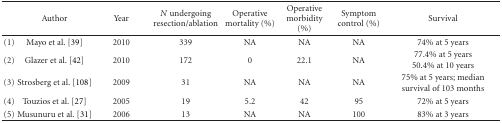
|  | Author | Year | N undergoing resection/ablation | Operative mortality (%) | Operative morbidity (%) | Symptom control (%) | Survival |
 | --- | --- | --- | --- | --- | --- | --- | --- |
 | (1) | Mayo et al. [39] | 2010 | 339 | NA | NA | NA | 74% at 5 years |
 | (2) | Glazer et al. [42] | 2010 | 172 | 0 | 22.1 | NA | 77.4% at 5 years 50.4% at 10 years |
 | (3) | Strosberg et al. [108] | 2009 | 31 | NA | NA | NA | 75% at 5 years; median survival of 103 months |
 | (4) | Touzios et al. [27] | 2005 | 19 | 5.2 | 42 | 95 | 72% at 5 years |
 | (5) | Musunuru et al. [31] | 2006 | 13 | NA | NA | 100 | 83% at 3 years |